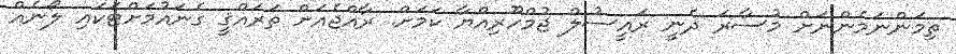
ތިމަންނަމެންނަށް މުސާރަ ދެނީ ރައީސުލް ޖުމްހޫރިއްޔާ ކަމަށް. ރާއްޖެއަށް ތަރައްޤީ ގެނައުމަށްޓަކައި ލޯނެއް